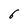
Character: 6